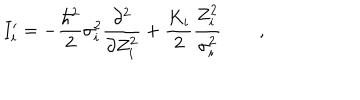
I _ { i } ^ { \prime } = - \frac { \hbar ^ { 2 } } 2 \sigma _ { i } ^ { 2 } \frac { \partial ^ { 2 } } { \partial Z _ { i } ^ { 2 } } + \frac { K _ { i } } 2 \frac { Z _ { i } ^ { 2 } } { \sigma _ { i } ^ { 2 } } \qquad ,